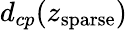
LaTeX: d_{cp}(z_{\mathrm{sparse}})